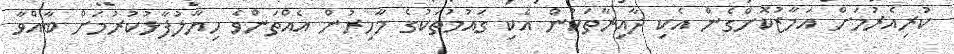
ކުރިއެރުމަށް އަމާޒުކޮށްގެން އެކި ދާއިރާތަކުން އެކި ގައުމުތަކުގެ މާހިރުން އެއްތަންވެ ހިޔާލުފާޅުކުރުމަށް ބާއްވާ